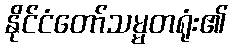
နိုင်ငံတော်သမ္မတရုံး၏